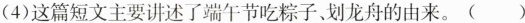
(4)这篇短文主要讲述了端午节吃粽子、划龙舟的由来。()